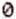
0